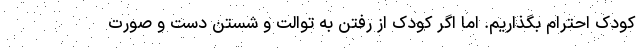
کودک احترام بگذاریم. اما اگر کودک از رفتن به توالت و شستن دست و صورت